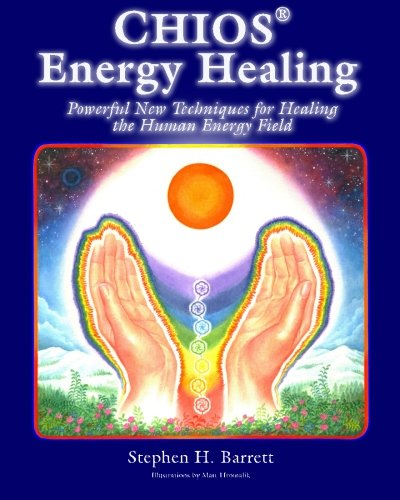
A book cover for Chios Energy Healing: Powerful New Techniques for Healing the Human Energy Field; Stephen H. Barrett; Health, Fitness & Dieting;